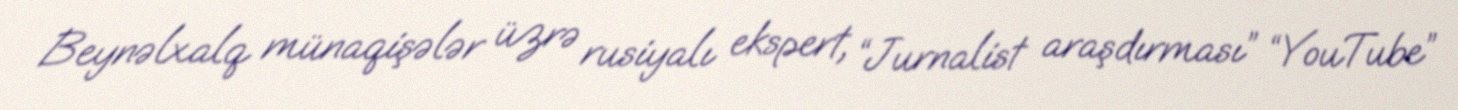
Beynəlxalq münaqişələr üzrə rusiyalı ekspert, “Jurnalist araşdırması” “YouTube”